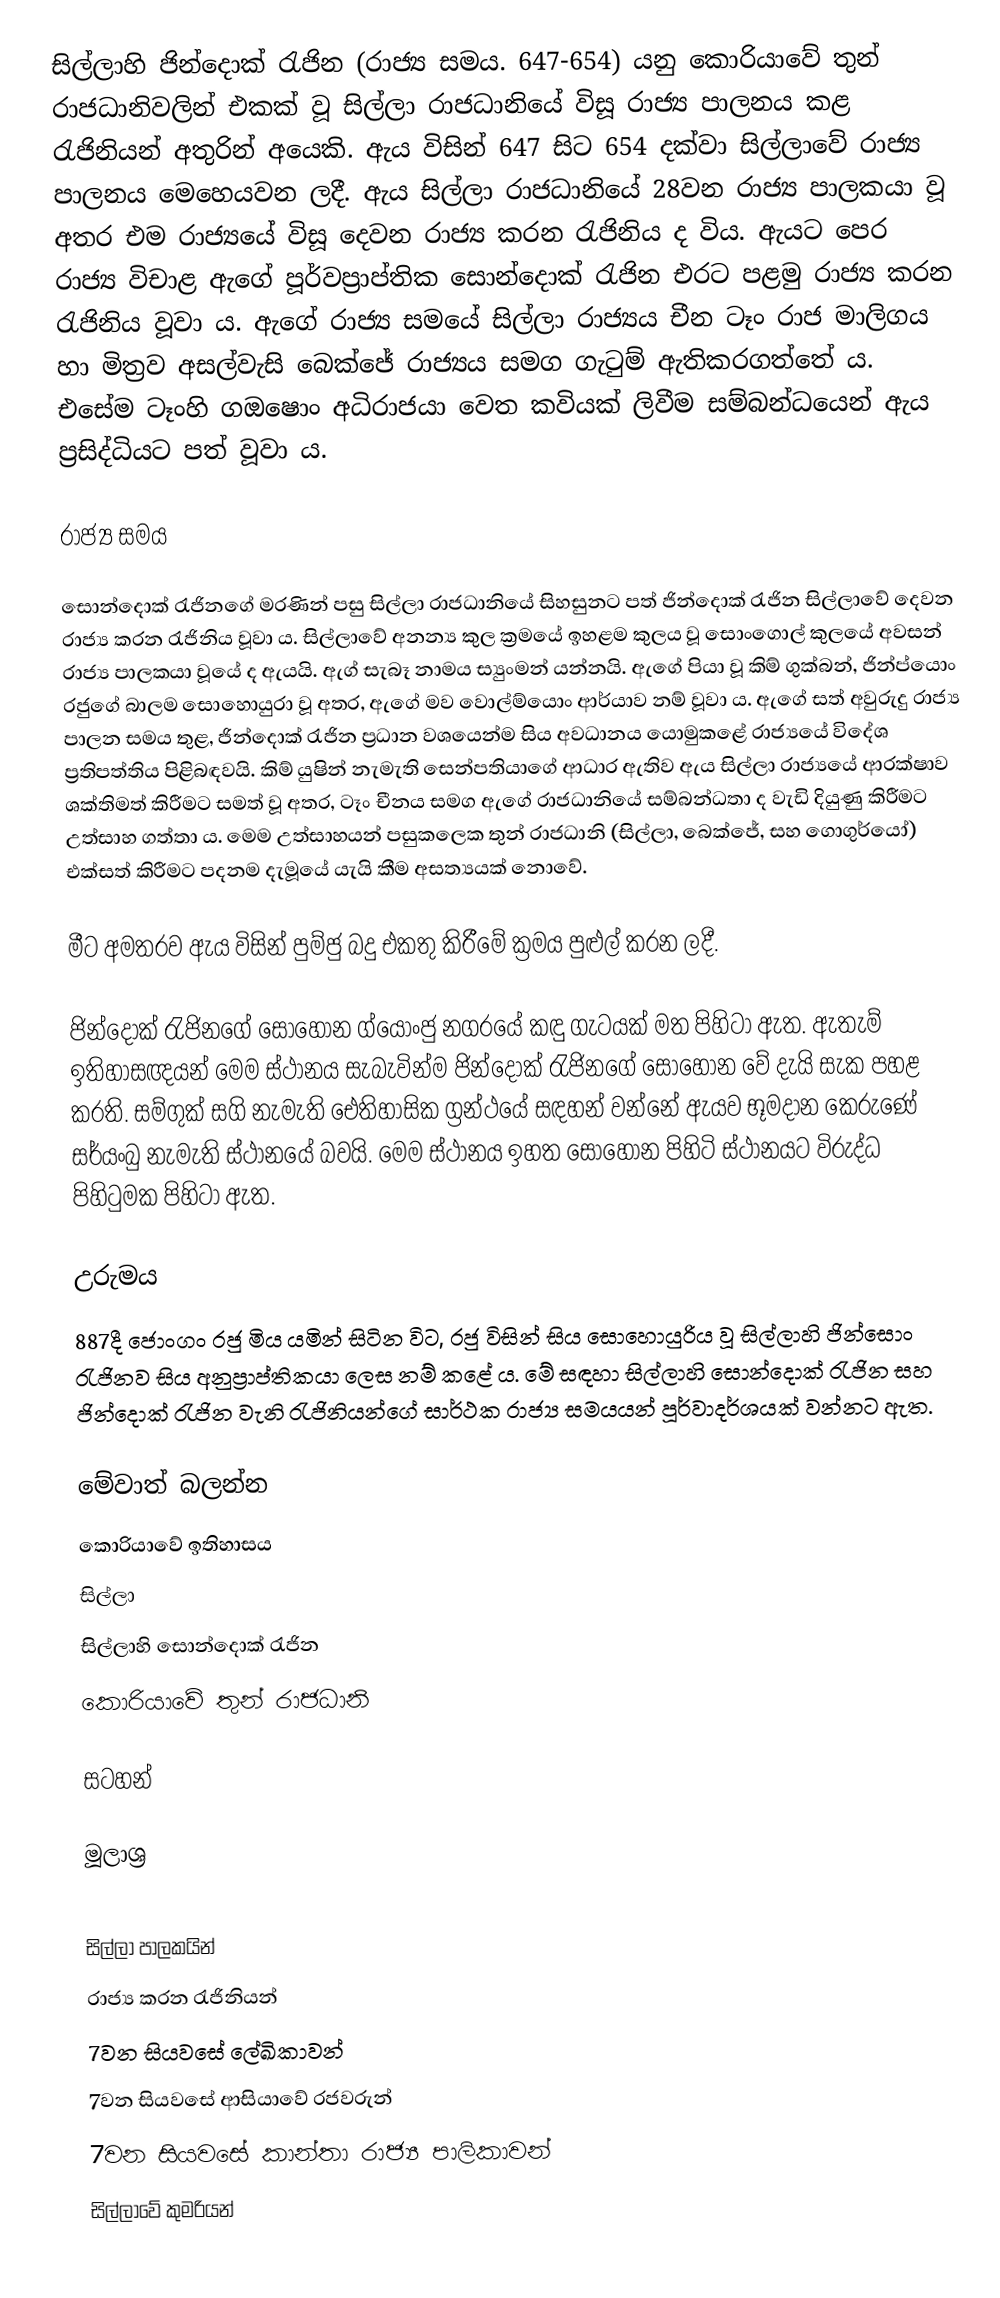
සිල්ලාහි ජින්දොක් රැජින (රාජ්‍ය සමය. 647-654) යනු කොරියාවේ තුන් රාජධානිවලින් එකක් වූ සිල්ලා රාජධානියේ විසූ රාජ්‍ය පාලනය කළ රැජිනියන් අතුරින් අයෙකි. ඇය  විසින් 647 සිට 654 දක්වා සිල්ලාවේ රාජ්‍ය පාලනය මෙහෙයවන ලදී. ඇය සිල්ලා රාජධානියේ 28වන රාජ්‍ය පාලකයා වූ අතර එම රාජ්‍යයේ විසූ දෙවන රාජ්‍ය කරන රැජිනිය ද විය. ඇයට පෙර රාජ්‍ය විචාළ ඇගේ පූර්වප්‍රාප්තික සොන්දොක් රැජින එරට පළමු රාජ්‍ය කරන රැජිනිය වූවා ය. ඇගේ රාජ්‍ය සමයේ සිල්ලා රාජ්‍යය චීන ටෑං රාජ මාලිගය හා මිත්‍රව අසල්වැසි බෙක්ජේ රාජ්‍යය සමග ගැටුම් ඇතිකරගත්තේ ය. එසේම ටෑංහි ගඔෂොං අධිරාජයා වෙත කවියක් ලිවීම සම්බන්ධයෙන් ඇය ප්‍රසිද්ධියට පත් වූවා ය.

රාජ්‍ය සමය

සොන්දොක් රැජිනගේ මරණින් පසු සිල්ලා රාජධානියේ සිහසුනට පත් ජින්දොක් රැජින සිල්ලාවේ දෙවන රාජ්‍ය කරන රැජිනිය වූවා ය. සිල්ලාවේ අනන්‍ය කුල ක්‍රමයේ ඉහළම කුලය වූ සොංගොල් කුලයේ අවසන් රාජ්‍ය පාලකයා වූයේ ද ඇයයි. ඇග් සැබෑ නාමය ස්‍යුංමන් යන්නයි. ඇගේ පියා වූ කිම් ගුක්බන්, ජින්ප්යොං රජුගේ බාලම සොහොයුරා වූ අතර, ඇගේ මව වොල්ම්යොං ආර්යාව නම් වූවා ය. ඇගේ සත් අවුරුදු රාජ්‍ය පාලන සමය තුළ, ජින්දොක් රැජින ප්‍රධාන වශයෙන්ම සිය අවධානය යොමුකළේ රාජ්‍යයේ විදේශ ප්‍රතිපත්තිය පිළිබඳවයි. කිම් යුෂින් නැමැති සෙන්පතියාගේ ආධාර ඇතිව ඇය සිල්ලා රාජ්‍යයේ ආරක්ෂාව ශක්තිමත් කිරීමට සමත් වූ අතර, ටෑං චීනය සමග ඇගේ රාජධානියේ සම්බන්ධතා ද වැඩි දියුණු කිරීමට උත්සාහ ගත්තා ය. මෙම උත්සාහයන් පසුකලෙක තුන් රාජධානි (සිල්ලා, බෙක්ජේ, සහ ගොගුර්යෝ) එක්සත් කිරීමට පදනම දැමූයේ යැයි කීම අසත්‍යයක් නොවේ.

මීට අමතරව ඇය විසින් පුම්ජු බදු එකතු කිරීමේ ක්‍රමය පුළුල් කරන ලදී.

ජින්දොක් රැජිනගේ සොහොන ග්යොංජු නගරයේ කඳු ගැටයක් මත පිහිටා ඇත. ඇතැම් ඉතිහාසඥයන් මෙම ස්ථානය සැබැවින්ම ජින්දොක් රැජිනගේ සොහොන වේ දැයි සැක පහළ කරති. සම්ගුක් සගි නැමැති ඓතිහාසික ග්‍රන්ථයේ සඳහන් වන්නේ ඇයව භූමදාන කෙරුණේ සර්යංබු නැමැති ස්ථානයේ බවයි. මෙම ස්ථානය ඉහත සොහොන පිහිටි ස්ථානයට විරුද්ධ පිහිටුමක පිහිටා ඇත.

උරුමය
887දී ජොංගං රජු මිය යමින් සිටින විට, රජු විසින් සිය සොහොයුරිය වූ සිල්ලාහි ජින්සොං රැජිනව සිය අනුප්‍රාප්තිකයා ලෙස නම් කළේ ය. මේ සඳහා සිල්ලාහි සොන්දොක් රැජින සහ ජින්දොක් රැජින වැනි රැජිනියන්ගේ සාර්ථක රාජ්‍ය සමයයන් පූර්වාදර්ශයක් වන්නට ඇත.

මේවාත් බලන්න
 කොරියාවේ ඉතිහාසය
 සිල්ලා
 සිල්ලාහි සොන්දොක් රැජින
 කොරියාවේ තුන් රාජධානි

සටහන්

මූලාශ්‍ර

සිල්ලා පාලකයින්
රාජ්‍ය කරන රැජිනියන්
7වන සියවසේ ලේඛිකාවන්
7වන සියවසේ ආසියාවේ රජවරුන්
7වන සියවසේ කාන්තා රාජ්‍ය පාලිකාවන්
සිල්ලාවේ කුමරියන්